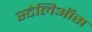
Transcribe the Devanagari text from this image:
स्टेलिऑस